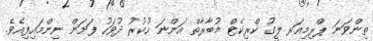
ތިންވަނަ ޕްރިމިއަރ ލީގު ކްރިކެޓް މުބާރާތް އަންނަ ހުކުރު ދުވަހު ފަށަން ނިންމައިފިއެވެ.